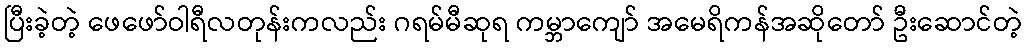
ပြီးခဲ့တဲ့ ဖေဖော်ဝါရီလတုန်းကလည်း ဂရမ်မီဆုရ ကမ္ဘာကျော် အမေရိကန်အဆိုတော် ဦးဆောင်တဲ့